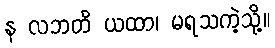
န လဘတိ ယထာ၊ မရသကဲ့သို့။